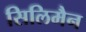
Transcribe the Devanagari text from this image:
सिलिमैन